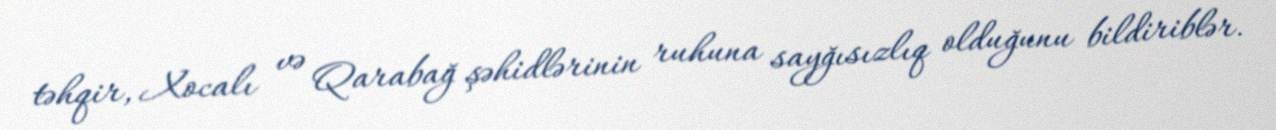
təhqir, Xocalı və Qarabağ şəhidlərinin ruhuna sayğısızlıq olduğunu bildiriblər.